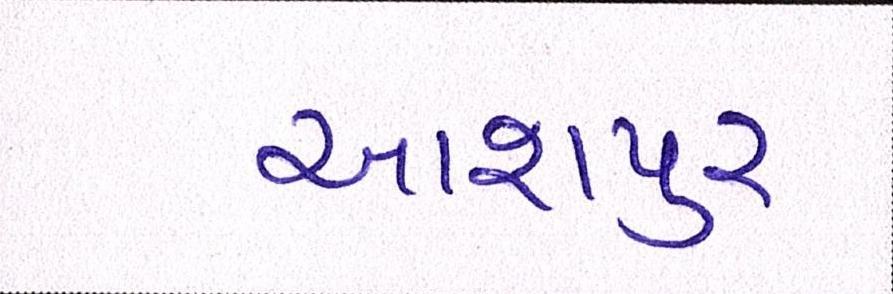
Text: આશપુર